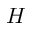
H